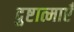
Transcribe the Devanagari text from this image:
दुष्टात्माएँ